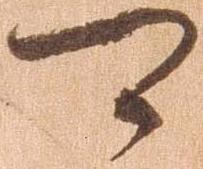
可